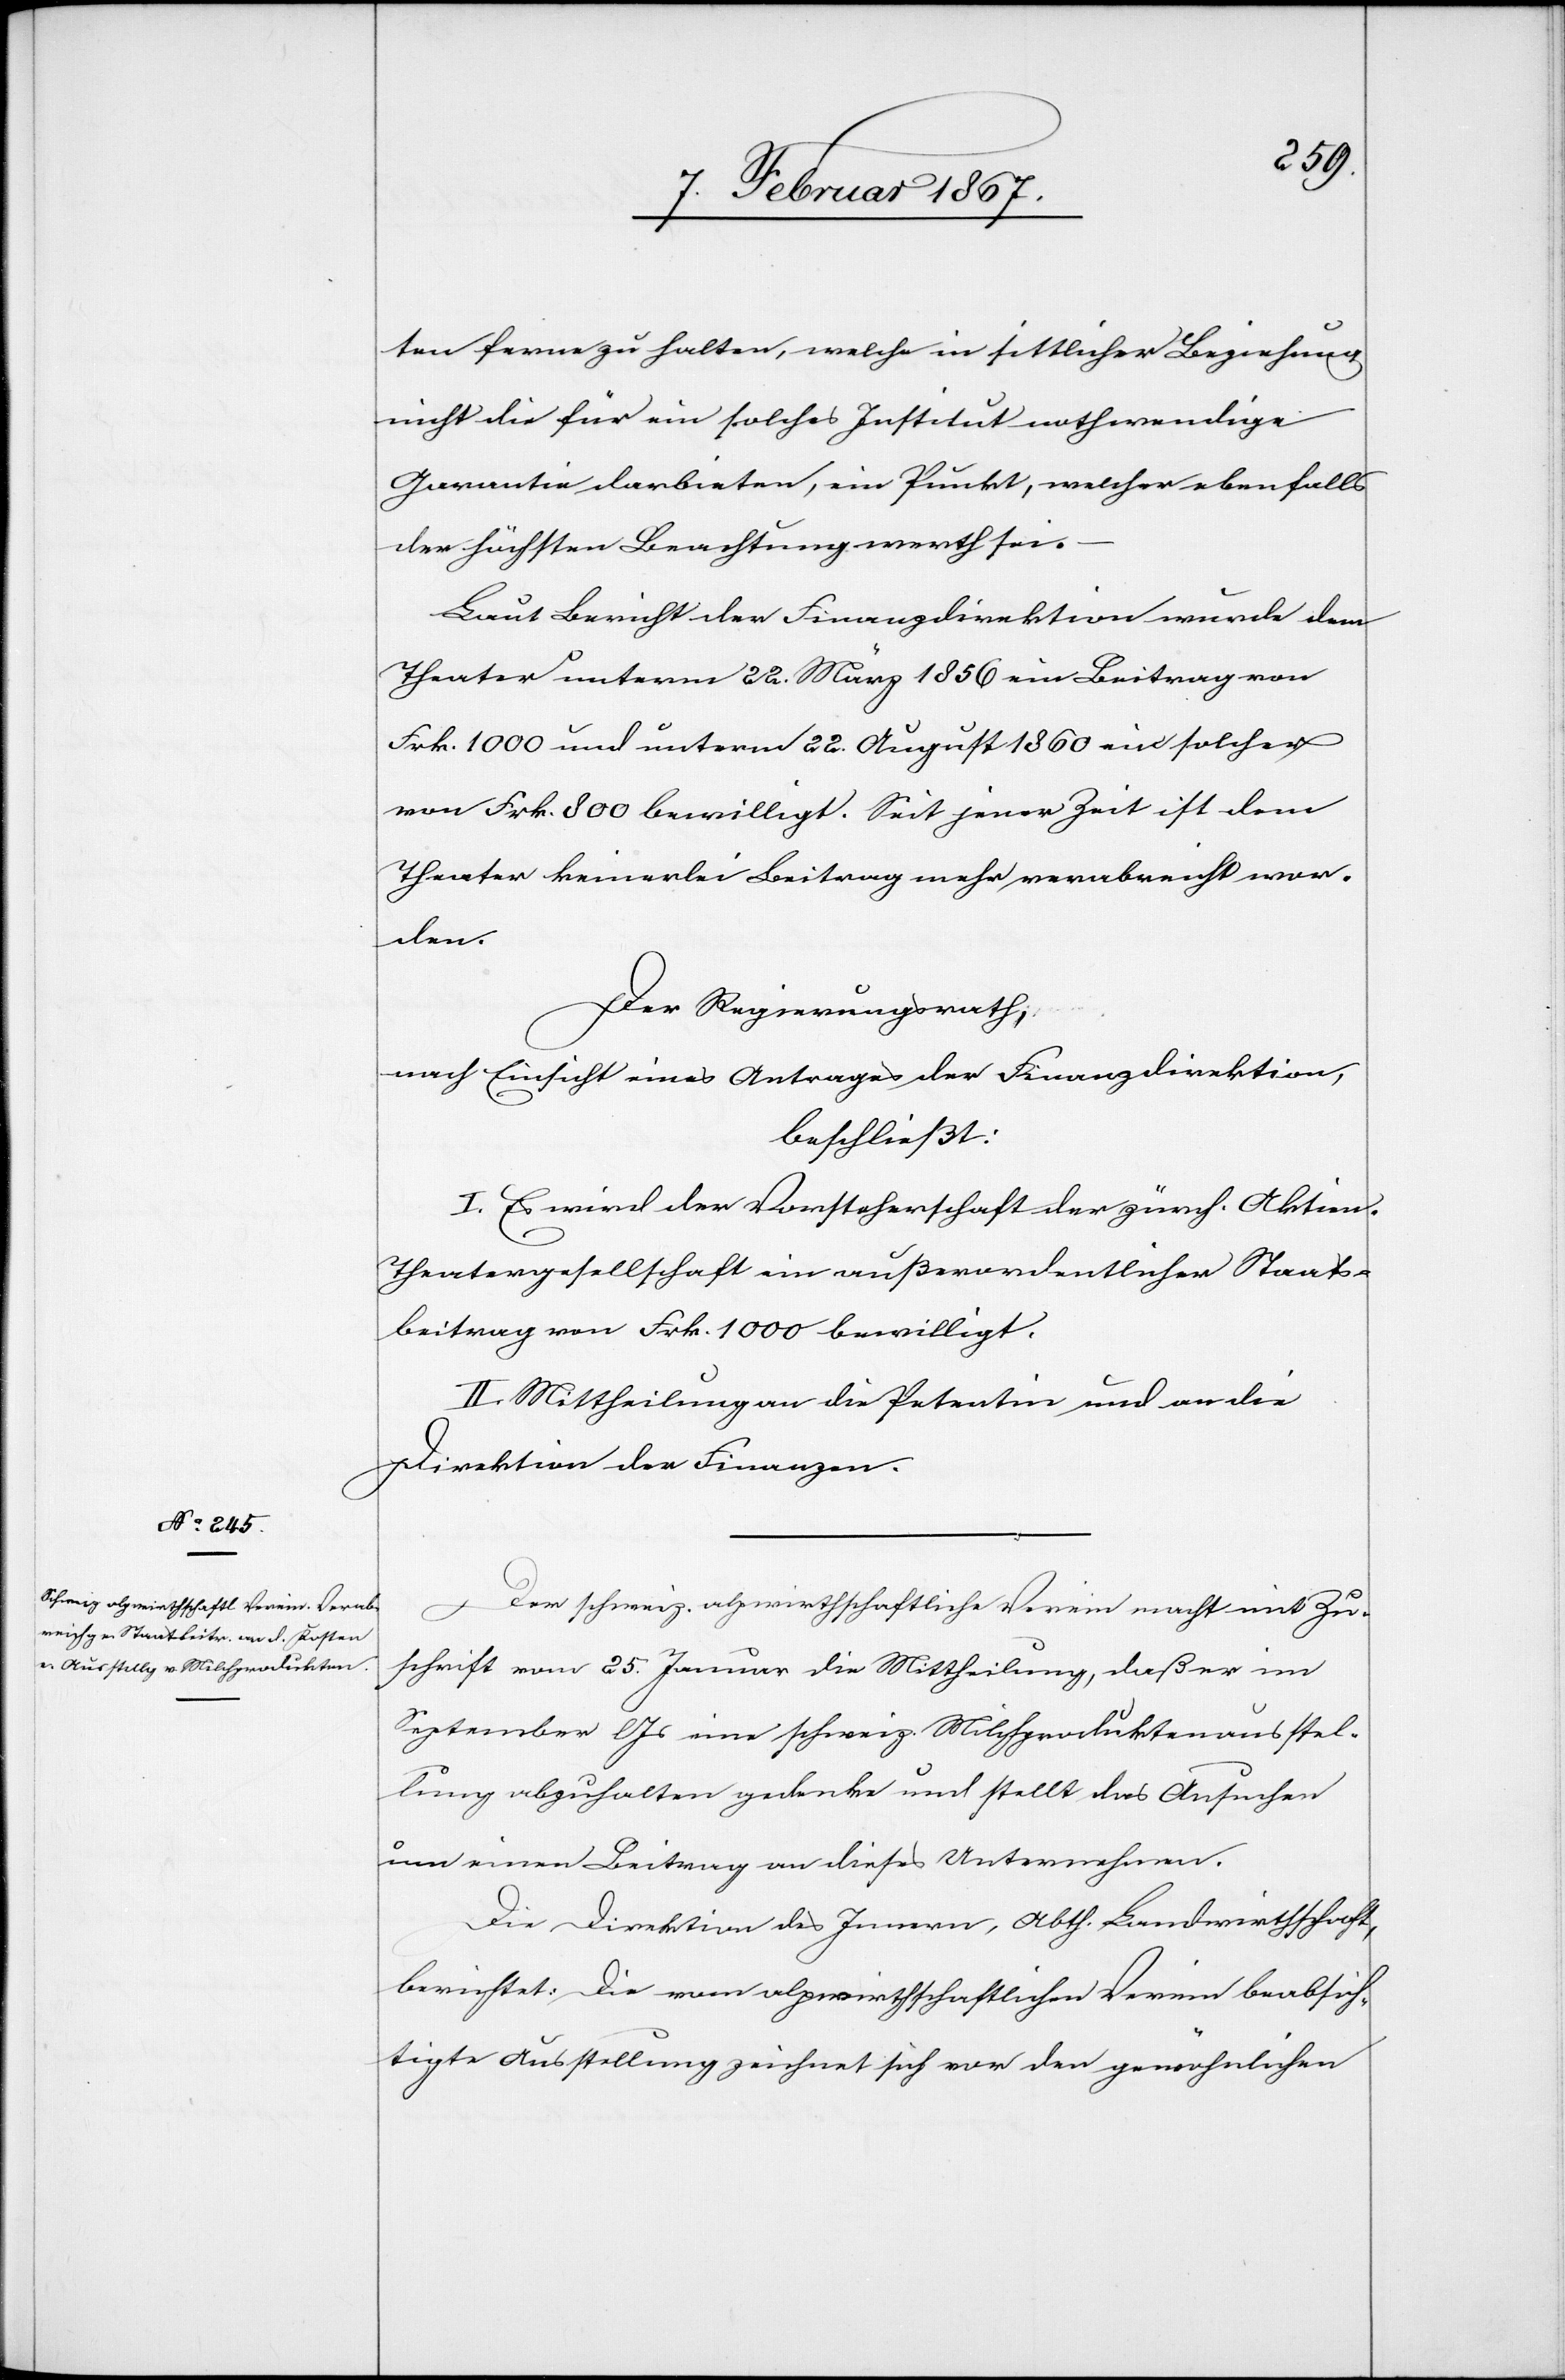
ten ferne zu halten, welche in sittlicher Beziehung
nicht die für ein solches Institut nothwendige
Garantie darbieten, ein Punkt, welcher ebenfalls
der höchsten Beachtung werth sei.
Laut Bericht der Finanzdirektion wurde dem
Theater unterm 22. März 1856 ein Beitrag von
Frk. 1000 und unterm 22. August 1860 ein solcher
von Frk. 800 bewilligt. Seit jener Zeit ist dem
Theater keinerlei Beitrag mehr verabreicht wor¬
den.
Der Regierungsrath,
nach Einsicht eines Antrages der Direktion der Finanzdirektion,
beschließt:
I. Es wird der Vorsteherschaft der zürch. Aktie¬
n-Theatergesellschaft ein außerordentlicher Staats¬
beitrag von Frk. 1000 bewilligt.
II. Mittheilung an die Petentin und an die
Direktion der Finanzen.
Der schweiz. alpwirthschaftliche Verein macht mit Zu¬
schrift vom 25. Januar die Mittheilung, daß er im
September l. Js eine schweiz. Milchproduktenausstel¬
lung abzuhalten gedenke und stellt das Ansuchen
um einen Beitrag an dieses Unternehmen.
Die Direktion des Innern, Abth. Landwirthschaft,
berichtet: Die vom alpwirthschaftlichen Verein beabsich¬
tigte Ausstellung zeichnet sich von den gewöhnlichen